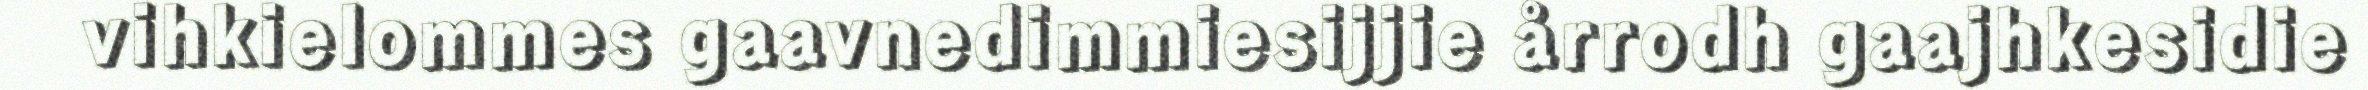
vihkielommes gaavnedimmiesijjie årrodh gaajhkesidie